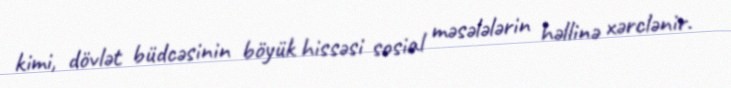
kimi, dövlət büdcəsinin böyük hissəsi sosial məsələlərin həllinə xərclənir.